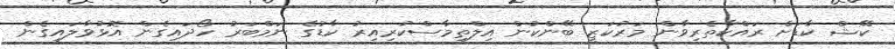
ކޭޝް ކާޑަށް ރައްކާތެރިވާން މަރުކަޒީ ބޭންކުން އިލްތިމާސްކުރިއިރު ކާޑުގެ ނަމްބަރު ހޯދައިގެން އޮޅުވާލައިގެން